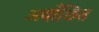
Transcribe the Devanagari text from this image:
अवाँछित